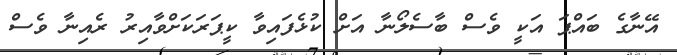
އޭނާގެ ބައްޕަ އަކީ ވެސް ބާސެލޯނާ އަށް ކުޅެފައިވާ ކީޕަރަކަށްވާއިރު ރެއިނާ ވެސް